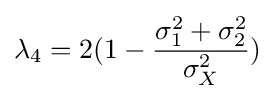
{\lambda }_{4}=2(1-{\frac {{\sigma }_{1}^{2}+{\sigma }_{2}^{2}}{{\sigma }_{X}^{2}}})